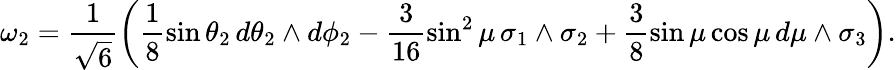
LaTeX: \omega_{2}=\frac{1}{\sqrt{6}}\left(\frac{1}{8}\sin{\theta_{2}}\, d\theta_{2}\wedge d\phi_{2}-\frac{3}{16}\sin^{2}{\mu}\, \sigma_{1}\wedge\sigma_{2}+\frac{3}{8}\sin{\mu}\cos\mu\, d\mu\wedge\sigma_{3}\right).